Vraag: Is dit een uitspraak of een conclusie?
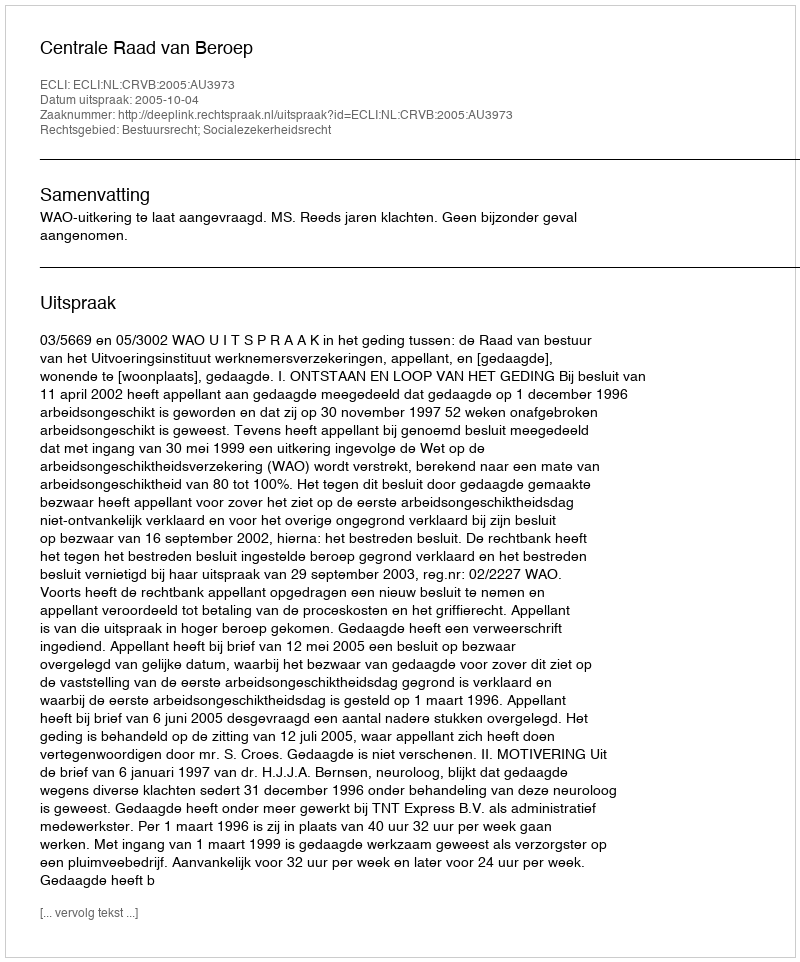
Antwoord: Uitspraak